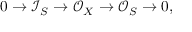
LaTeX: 0 \to \mathcal { I } _ { S } \to \mathcal { O } _ { X } \to \mathcal { O } _ { S } \to 0 ,